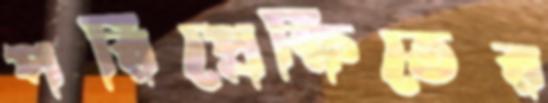
পরিপ্রেক্ষিতের